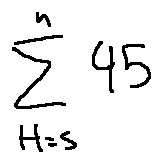
\sum \limits _ { H = s } ^ { n } 4 5